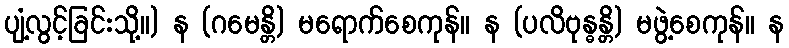
ပျံ့လွင့်ခြင်းသို့။) န (ဂမေန္တိ) မရောက်စေကုန်။ န (ပလိဗုန္ဓန္တိ) မဖွဲ့စေကုန်။ န